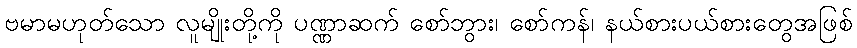
ဗမာမဟုတ်သော လူမျိုးတို့ကို ပဏ္ဏာဆက် စော်ဘွား၊ စော်ကန်၊ နယ်စားပယ်စားတွေအဖြစ်